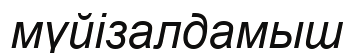
мүйізалдамыш